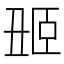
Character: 𬛢